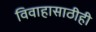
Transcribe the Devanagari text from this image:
विवाहासाठीही